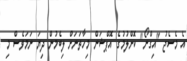
އެ މެސެޖު "އިގްނޯ" ކޮށްލުމުގެ އޮޕްޝަން މިހާތަނަށް ލިބެމުން ދިޔަ ނަމަވެސް މި